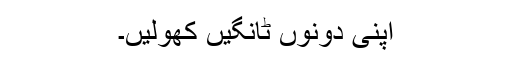
اپنی دونوں ٹانگیں کھولیں۔